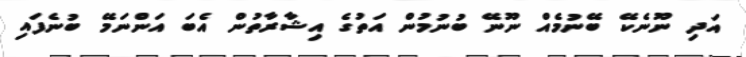
އަދި ނޫނެކޭ ބޭނުމެއް ނޫނޭ ބުނުމުން އަތުގެ އިޝާރާތުން އެބަ އަންނަމޭ ބުނެފައި